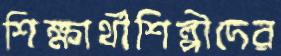
শিক্ষার্থীশিল্পীদের